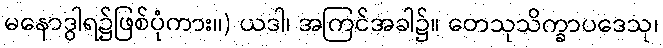
မနောဒွါရ၌ဖြစ်ပုံကား။) ယဒါ၊ အကြင်အခါ၌။ တေသုသိက္ခာပဒေသု၊